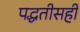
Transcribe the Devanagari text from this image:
पद्धतीसही